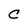
Character: C